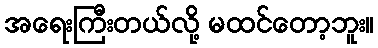
အရေးကြီးတယ်လို့ မထင်တော့ဘူး။